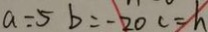
a = 5 b = - 2 0 c = n